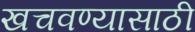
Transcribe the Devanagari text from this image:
खचवण्यासाठी